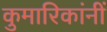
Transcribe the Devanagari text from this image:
कुमारिकांनीं